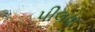
પીલવા